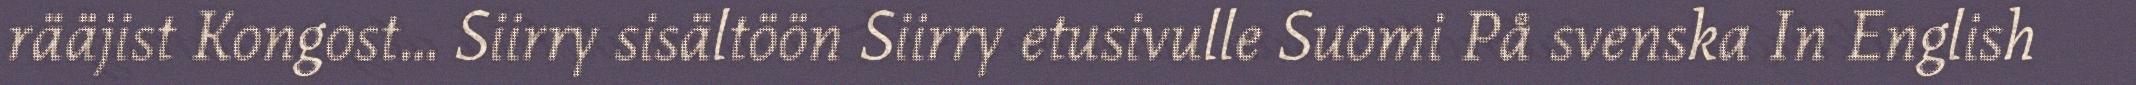
rääjist Kongost... Siirry sisältöön Siirry etusivulle Suomi På svenska In English